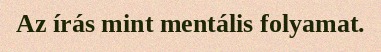
Az írás mint mentális folyamat.